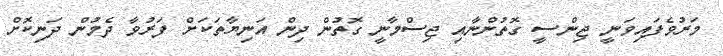
މަރުވެފައިވަނީ ޖިންސީ ގޮތުންނާއި ޖިސްމާނީ ގޮތުން ދިން އަނިޔާތަކަށް ފަރުވާ ދެމުން ދަނިކޮށް